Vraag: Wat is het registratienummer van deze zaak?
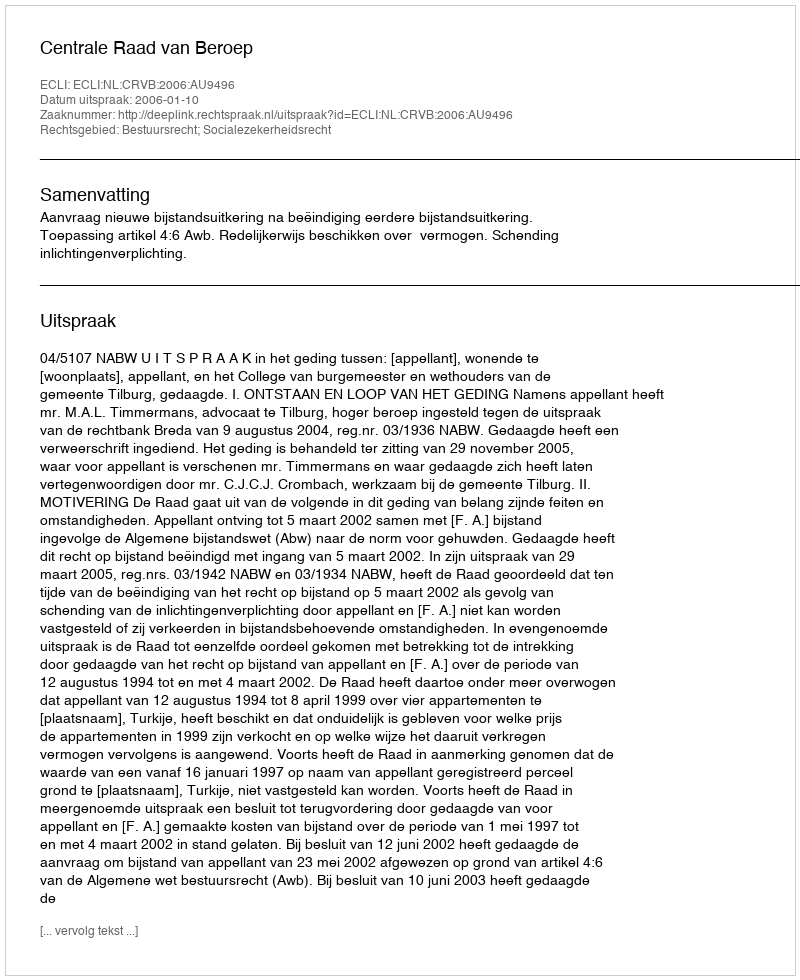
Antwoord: http://deeplink.rechtspraak.nl/uitspraak?id=ECLI:NL:CRVB:2006:AU9496